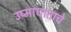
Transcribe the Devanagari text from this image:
उष्माघाताचे